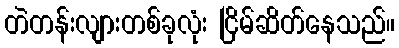
တဲတန်းလျားတစ်ခုလုံး ငြိမ်ဆိတ်နေသည်။